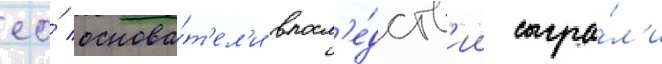
ео́ основа́т'ел'и впосл'е́дств'ии сыгра́л'и